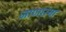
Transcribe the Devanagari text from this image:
जाणाऱया